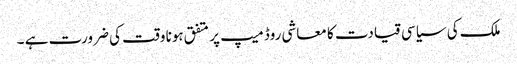
ملک کی سیاسی قیادت کا معاشی روڈ میپ پر متفق ہونا وقت کی ضرورت ہے ۔